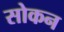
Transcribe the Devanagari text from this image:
सोकन